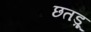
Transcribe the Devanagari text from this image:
छतड़ू